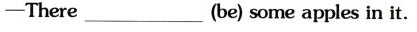
-There _(be) some apples in it.